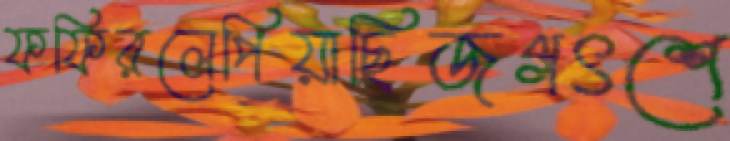
ফফিরলেপিয়াছিজগৎশে